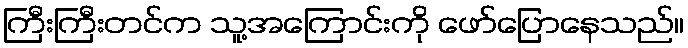
ကြီးကြီးတင်က သူ့အကြောင်းကို ဖော်ပြောနေသည်။